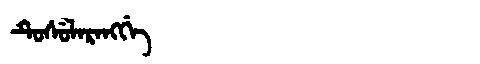
Manchu: ᡨᡠᠰᡠᠯᠠᡵᠠᠩᡤᡝ
Romanization: TUSULARANGGE